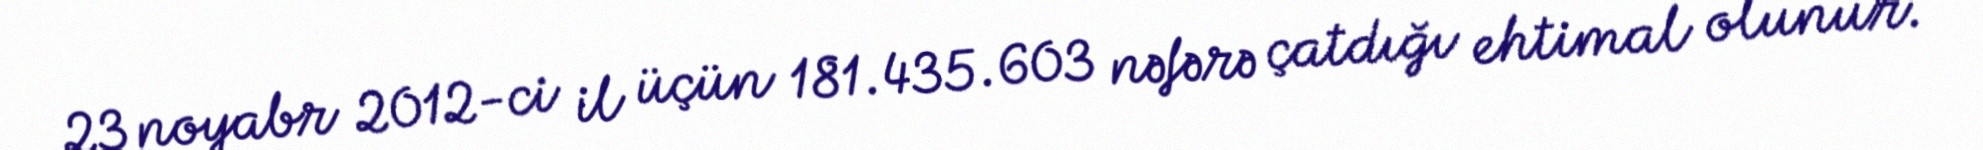
23 noyabr 2012-ci il üçün 181.435.603 nəfərə çatdığı ehtimal olunur.